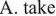
A. take